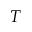
T